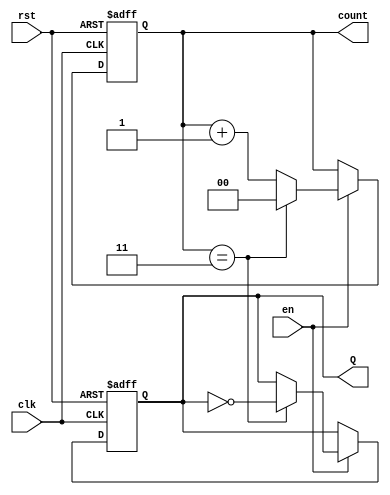
module divide_by_n_counter #(
    parameter N = 4  // Parameter to define the division factor (N)
) (
    input wire clk,      // Clock input
    input wire rst,      // Reset input (active high)
    input wire en,       // Enable input
    output reg Q,        // Output signal that toggles after N clock cycles
    output reg [$clog2(N)-1:0] count // Optional binary count output
);

    // Internal register to hold the current count value
    reg [$clog2(N)-1:0] current_count;

    always @(posedge clk or posedge rst) begin
        if (rst) begin
            // Reset the counter and output
            current_count <= 0;
            Q <= 0;
        end else if (en) begin
            // Increment the counter if enabled
            if (current_count == N-1) begin
                current_count <= 0; // Reset counter
                Q <= ~Q;            // Toggle output Q
            end else begin
                current_count <= current_count + 1; // Increment counter
            end
        end
    end

    // Assign current count to the output count
    assign count = current_count;

endmodule